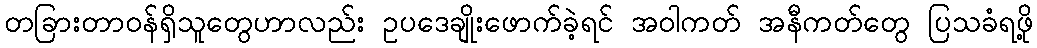
တခြားတာဝန်ရှိသူတွေဟာလည်း ဥပဒေချိုးဖောက်ခဲ့ရင် အဝါကတ် အနီကတ်တွေ ပြသခံရဖို့